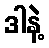
ဒါနဲ့